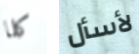
كلا لأسأل